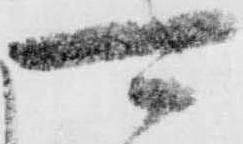
可